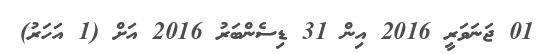
01 ޖަނަވަރީ 2016 އިން 31 ޑިސެންބަރު 2016 އަށް (1 އަހަރު)